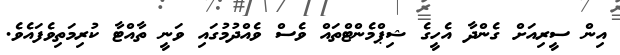
އިން ސީރިއަށް ގެންދާ އެހީގެ ޝިޕްމެންޓްތައް ވެސް ވެއްދުމުގައި ވަނީ ތާއްޓާ ކުރިމަތިވެފައެވެ.